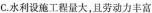
C.水利设施工程量大，且劳动力丰富